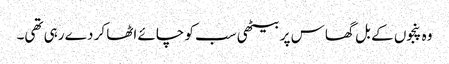
وہ پنجوں کے بل گھاس پر بیٹھی سب کو چائے اٹھا کر دے رہی تھی۔